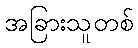
အခြားသူတစ်